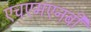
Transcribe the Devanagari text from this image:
एचएमएनबी